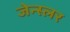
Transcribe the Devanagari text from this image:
जेन्स्लर